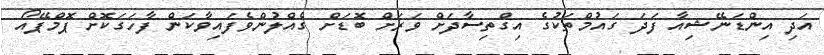
އަދި އިންޑަނޭޝިއާ ފަދަ ގައުމްތަކުގެ އިގްތިސާދަށް ވަރަށް ބޮޑަށް ގެއްލުންވެފައިވާކަން ފާހަގަކޮށް ޕޮމްޕޭއޯ